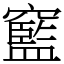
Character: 䆾